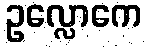
ဥလ္လောကေ